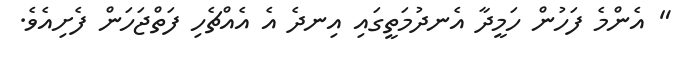
" އެންމެ ފަހުން ހަމީދާ އެނދުމަތީގައި އިނދެ އެ އެއްޗެހި ފަތްޖަހަން ފެށިއެވެ.